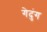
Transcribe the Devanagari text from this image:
गेदुंग